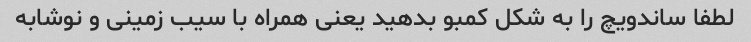
لطفا ساندویچ را به شکل کمبو بدهید یعنی همراه با سیب زمینی و نوشابه